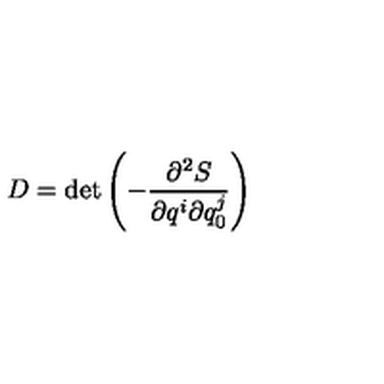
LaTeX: D = \det \left( - \frac { \partial ^ { 2 } S } { \partial q ^ { i } \partial q _ { 0 } ^ { j } } \right)